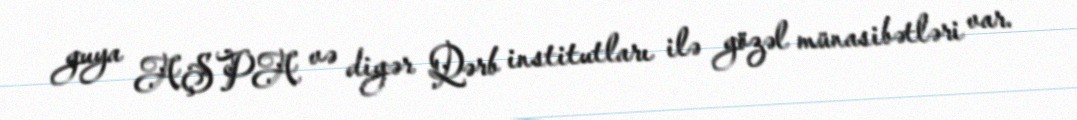
guya AŞPA və digər Qərb institutları ilə gözəl münasibətləri var.